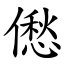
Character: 僽